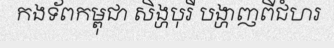
កងទ័ពកម្ពុជា សិង្ហបុរី បង្ហាញពីជំហរ